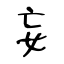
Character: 妄